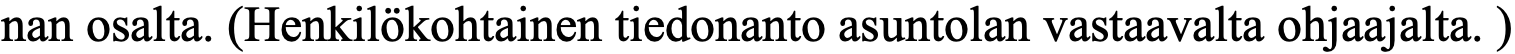
nan osalta. (Henkilökohtainen tiedonanto asuntolan vastaavalta ohjaajalta. )